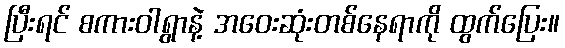
ပြီးရင် စကားဝါရွာနဲ့ အဝေးဆုံးတစ်နေရာကို ထွက်ပြေး။